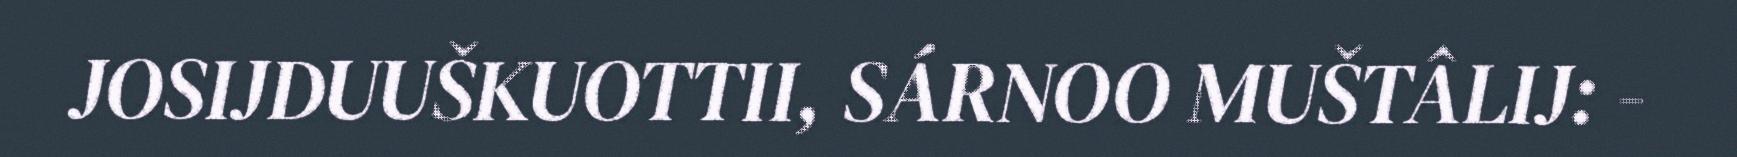
JOSIJDUUŠKUOTTII, SÁRNOO MUŠTÂLIJ: -